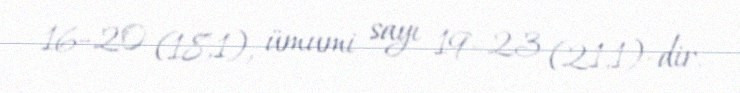
16–20 (18,1), ümumi sayı 19–23 (21,1)-dir.